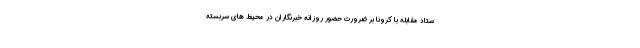
ستاد مقابله با کرونا بر ضرورت حضور روزانه خبرنگاران در محیط های سربسته